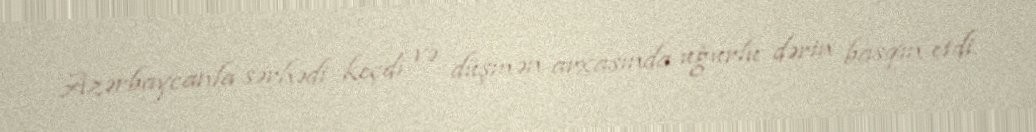
Azərbaycanla sərhədi keçdi və düşmən arxasında uğurlu dərin basqın etdi.